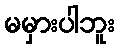
မမှားပါဘူး